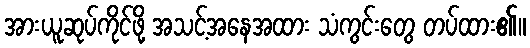
အားယူဆုပ်ကိုင်ဖို့ အသင့်အနေအထား သံကွင်းတွေ တပ်ထား၏။